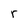
Character: r